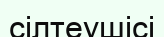
сілтеушісі